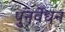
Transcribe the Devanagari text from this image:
पुनर्वेधन